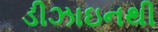
ડીઝાઇનથી